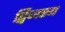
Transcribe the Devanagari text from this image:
द्विजस्य